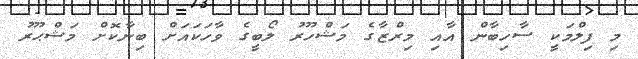
މި ފިލްމަކީ ސާހިބާން އާއި މިރްޒާގެ މަޝްހޫރު ލޯބީގެ ވާހަކައަށް ބިނާކޮށް މަޝްޙޫރު